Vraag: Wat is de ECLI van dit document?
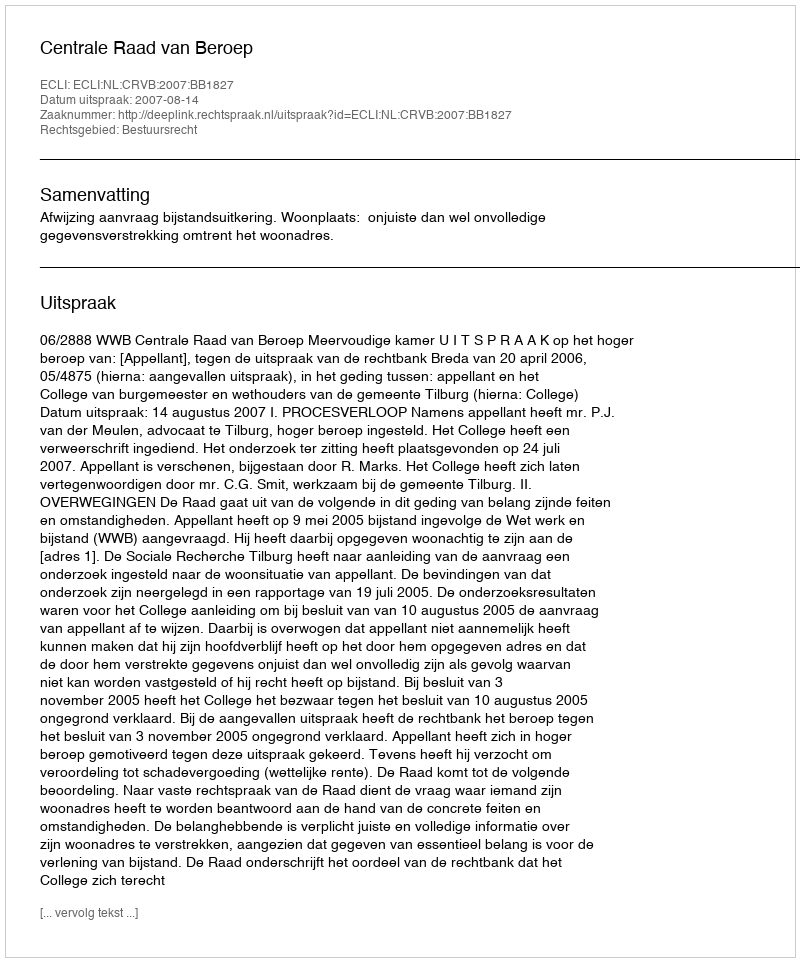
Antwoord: ECLI:NL:CRVB:2007:BB1827